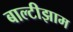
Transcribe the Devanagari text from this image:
बाल्टीझाम